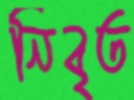
নিবৃত